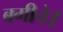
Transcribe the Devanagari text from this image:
बगीचे।